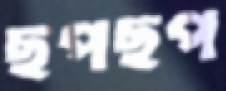
ছপছপ